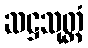
ဆဋ္ဌသုတ္တံ